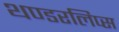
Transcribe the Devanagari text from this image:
थण्डरलिप्स